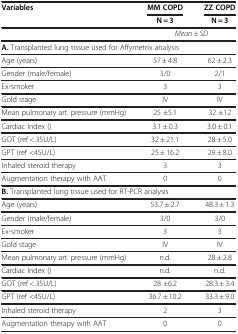
| Variables | MM COPD | ZZ COPD |
 |  | N = 3 | N = 3 |
 | --- | --- | --- |
 |  | <COLSPAN=2> Mean ± SD |
 | <COLSPAN=3> A. Transplanted lung tissue used for Affymetrix analysis |
 | Age (years) | 57 ± 4.8 | 62 ± 2.3 |
 | Gender (male/female) | 3/0 | 2/1 |
 | Ex-smoker | 3 | 3 |
 | Gold stage | IV | IV |
 | Mean pulmonary art. pressure (mmHg) | 25 ±5.1 | 32 ±12 |
 | Cardiac Index () | 3.1 ± 0.3 | 3.0 ± 0.1 |
 | GOT (ref < 35U/L) | 32 ± 21.1 | 28 ± 5.0 |
 | GPT (ref <45U/L) | 25 ± 16.2 | 29 ± 8.0 |
 | Inhaled steroid therapy | 3 | 3 |
 | Augmentation therapy with AAT | 0 | 0 |
 | <COLSPAN=3> B. Transplanted lung tissue used for RT-PCR analysis |
 | Age (years) | 53.7 ± 2.7 | 48.3 ± 1.3 |
 | Gender (male/female) | 3/0 | 3/0 |
 | Ex-smoker | 3 | 3 |
 | Gold stage | IV | IV |
 | Mean pulmonary art. pressure (mmHg) | n.d. | 28 ± 2.8 |
 | Cardiac Index () | n.d. | n.d. |
 | GOT (ref < 35U/L) | 28 ±6.2 | 28.3 ± 3.4 |
 | GPT (ref <45U/L) | 36.7 ± 10.2 | 33.3 ± 9.0 |
 | Inhaled steroid therapy | 2 | 3 |
 | Augmentation therapy with AAT | 0 | 0 |